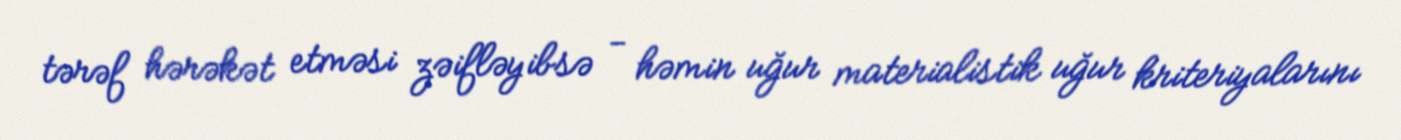
tərəf hərəkət etməsi zəifləyibsə - həmin uğur materialistik uğur kriteriyalarını